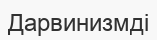
Дарвинизмді